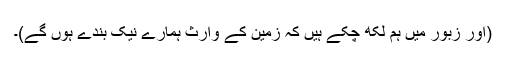
َ (اور زبور میں ہم لکھ چکے ہیں کہ زمین کے وارث ہمارے نیک بندے ہوں گے)۔